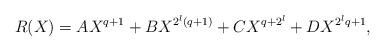
LaTeX: \begin{align*}R(X) = A X^{q+1} + B X^{2^l(q+1)} + C X^{q + 2^l} + D X^{2^lq+1},\end{align*}